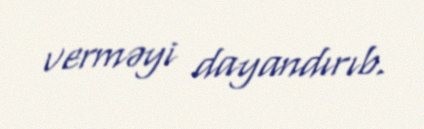
verməyi dayandırıb.